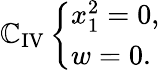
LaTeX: \mathbb{C}_{\mathrm{{IV}}}\left\{ \begin{array}{l}{{x_{1}^{2}=0,}}\\ {{w=0.}}\end{array}\right.